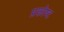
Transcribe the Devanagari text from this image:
प्रकोष्ट